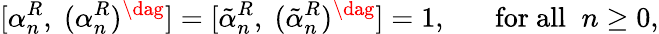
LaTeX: [\alpha_{n}^{R},\; (\alpha_{n}^{R})^{\dag}]=[\tilde{\alpha}_{n}^{R},\; (\tilde{\alpha}_{n}^{R})^{\dag}]=1,\; \; \; \; \; \; \mathrm{for~all}\; \; n\geq 0,